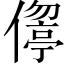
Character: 𠏦